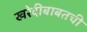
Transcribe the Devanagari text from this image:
खरेदीबाबतची